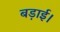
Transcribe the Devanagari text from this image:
बड़ाई।